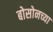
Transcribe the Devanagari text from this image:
बोसोनच्या